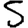
Digit: 5